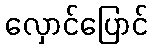
လှောင်ပြောင်